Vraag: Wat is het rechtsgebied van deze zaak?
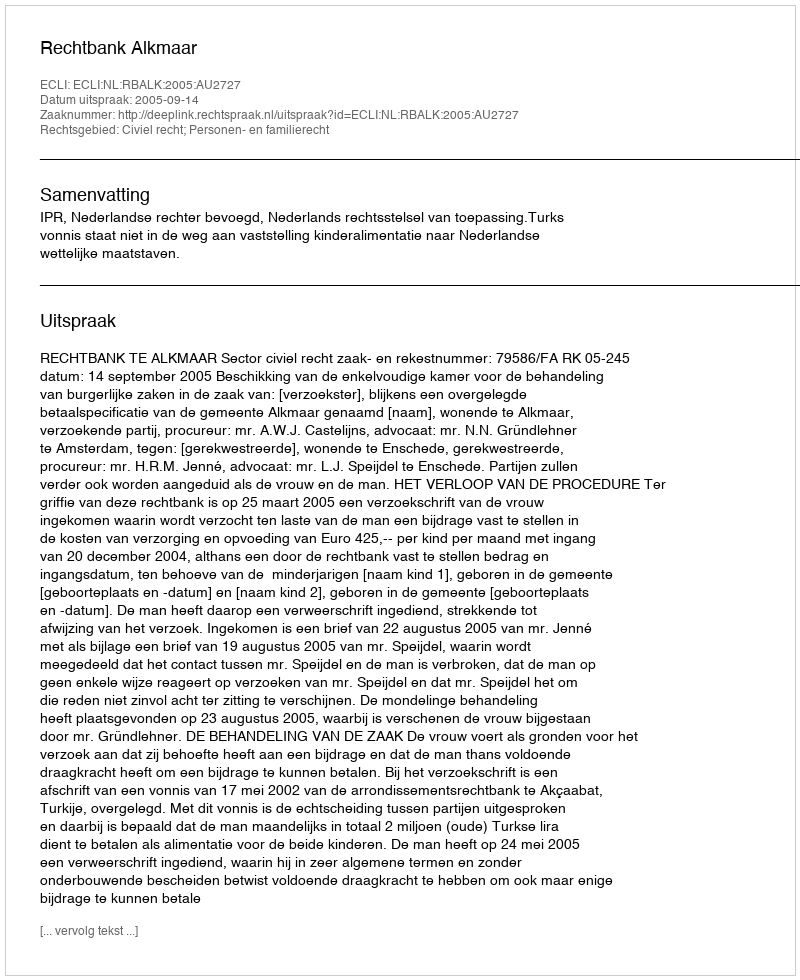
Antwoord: Civiel recht; Personen- en familierecht